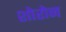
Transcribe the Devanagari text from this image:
शोरोन